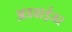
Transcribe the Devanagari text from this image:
अडवाईजर